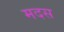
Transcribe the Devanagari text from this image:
मदस